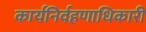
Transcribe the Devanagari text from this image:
कार्यनिर्वहणाधिकारी